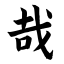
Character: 哉